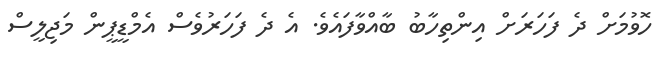
ހޮވުމަށް ދެ ފަހަރަށް އިންތިހާބު ބާއްވާފައެވެ. އެ ދެ ފަހަރުވެސް އެމްޑީޕީން މަޖިލީސް